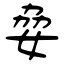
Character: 姭